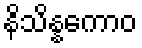
နိသိန္နကောဝ